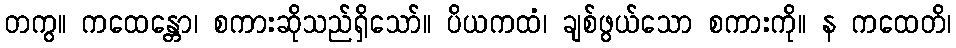
တကွ။ ကထေန္တော၊ စကားဆိုသည်ရှိသော်။ ပိယကထံ၊ ချစ်ဖွယ်သော စကားကို။ န ကထေတိ၊